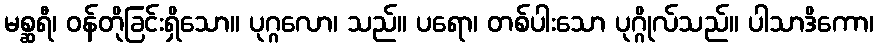
မစ္ဆရီ၊ ဝန်တိုခြင်းရှိသော။ ပုဂ္ဂလော၊ သည်။ ပရော၊ တစ်ပါးသော ပုဂ္ဂိုလ်သည်။ ပါသာဒိကော၊